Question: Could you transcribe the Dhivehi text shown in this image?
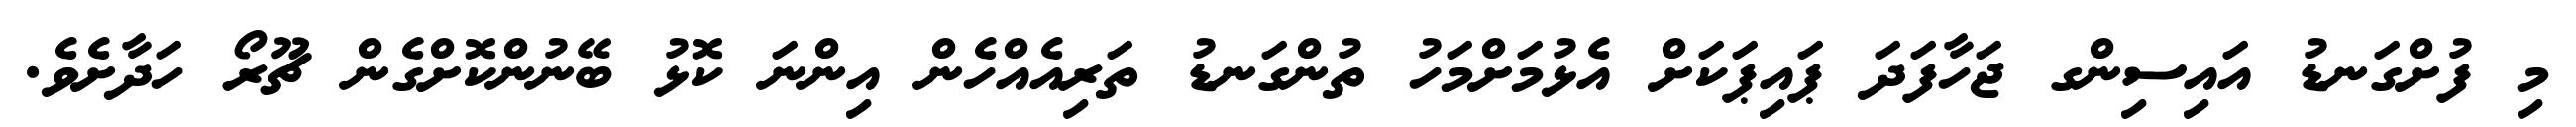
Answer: މި ފުށްގަނޑު އައިސިންގ ޖަހާފަދަ ޕައިޕަކަށް އެޅުމަށްމަހު ތުންގަނޑު ތަރިއެއްހެން އިންނަ ކޮޅު ބޭނުންކޮށްގެން ޗޫރޯ ހަދާށެވެ.